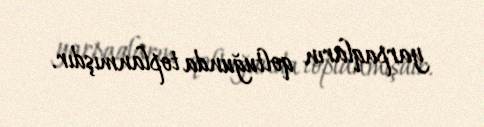
yarpaqların qoltuğunda toplanmışdır.